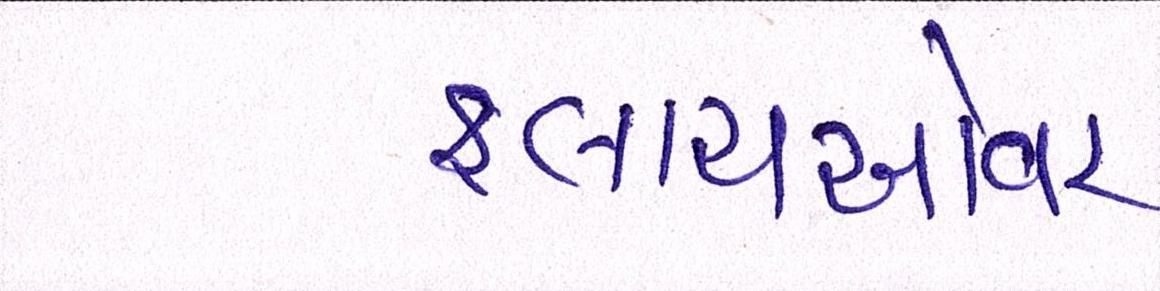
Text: ફ્લાયઓવર